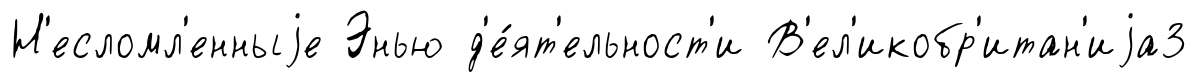
Н'есломл'енныjе Энью д'е́ят'ельност'и В'ел'икобр'итан'иjа3